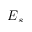
E _ { s }